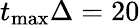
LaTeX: t_{\mathrm{max}}\Delta=20